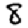
Digit: 8